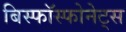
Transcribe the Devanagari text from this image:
बिस्फॉस्फोनेट्स